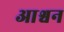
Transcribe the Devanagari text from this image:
आश्वन